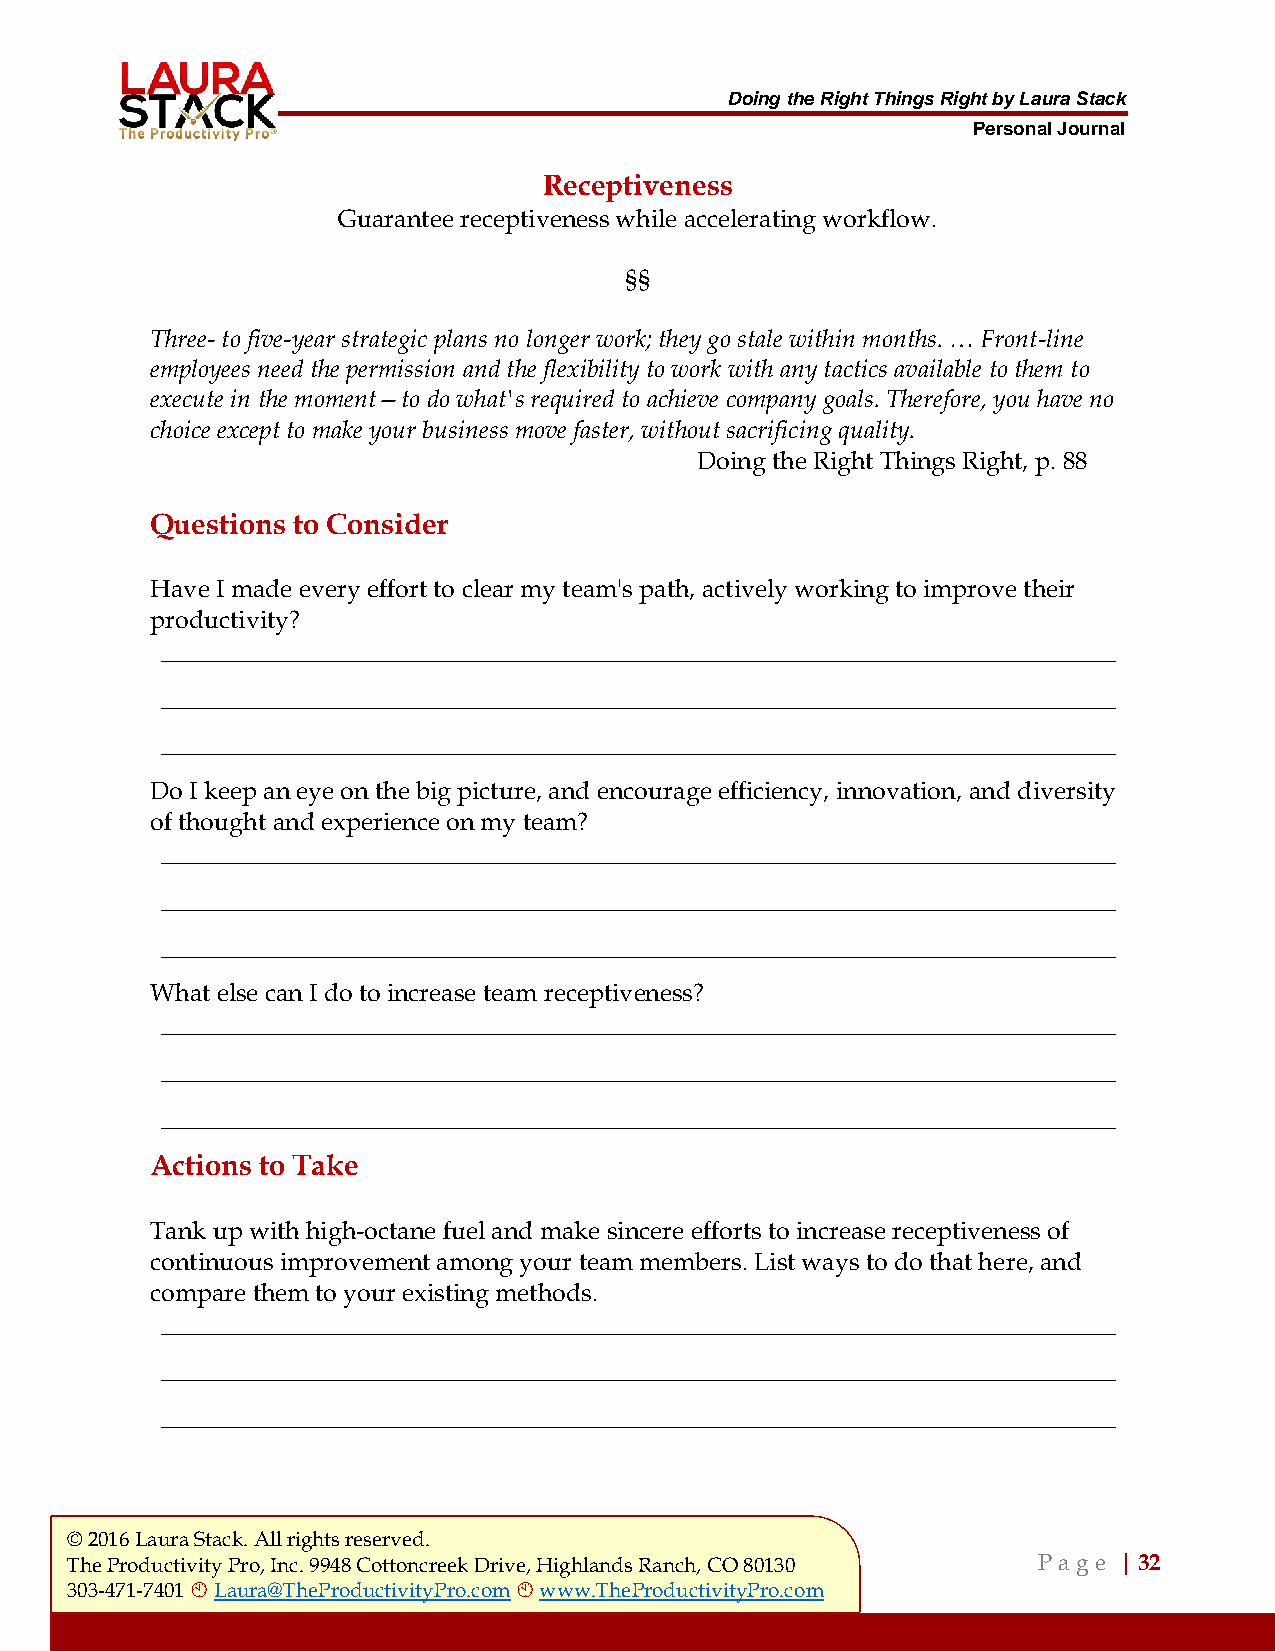
Doing the Right Things Right by Laura Stack
 Personal Journal
 Receptiveness
 Guarantee receptiveness while accelerating workflow.
 §§
 Three- to five-year strategic plans no longer work; they go stale within months. … Front-line
 employees need the permission and the flexibility to work with any tactics available to them to
 execute in the moment—to do what's required to achieve company goals. Therefore, you have no
 choice except to make your business move faster, without sacrificing quality.
 Doing the Right Things Right, p. 88
 Questions to Consider
 Have I made every effort to clear my team's path, actively working to improve their
 productivity?
 ___________________________________________________________________________________
 ___________________________________________________________________________________
 ___________________________________________________________________________________
 Do I keep an eye on the big picture, and encourage efficiency, innovation, and diversity
 of thought and experience on my team?
 ___________________________________________________________________________________
 ___________________________________________________________________________________
 ___________________________________________________________________________________
 What else can I do to increase team receptiveness?
 ___________________________________________________________________________________
 ___________________________________________________________________________________
 ___________________________________________________________________________________
 Actions to Take
 Tank up with high-octane fuel and make sincere efforts to increase receptiveness of
 continuous improvement among your team members. List ways to do that here, and
 compare them to your existing methods.
 ___________________________________________________________________________________
 ___________________________________________________________________________________
 ___________________________________________________________________________________
 © 2016 Laura Stack. All rights reserved.
 The Productivity Pro, Inc. 9948 Cottoncreek Drive, Highlands Ranch, CO 80130 P a ge | 32
 303-471-7401  Laura@TheProductivityPro.com  www.TheProductivityPro.com